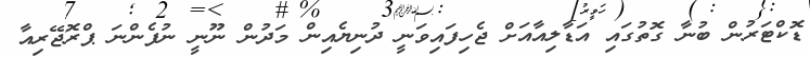
ޑޮކްޓަރުން ބުނާ ގޮތުގައި އަޑާލިއާއަށް ޖެހިފައިވަނީ ދުނިޔެއިން މަދުން ނޫނީ ނުފެންނަ ޕްރޮޖޭރިއާ